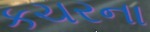
કચરના